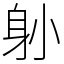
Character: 𨈓